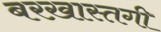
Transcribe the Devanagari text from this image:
बरख़ास्तगी